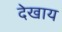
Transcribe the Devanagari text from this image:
देखाय